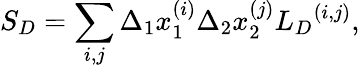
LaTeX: {S}_{D}=\sum_{i,j}\Delta_{1}x_{1}^{(i)}\Delta_{2}x_{2}^{(j)}{{L}_{D}}^{(i,j)},